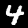
Digit: 4